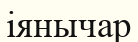
іянычар